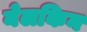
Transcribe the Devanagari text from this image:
नेलकिन